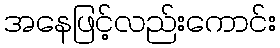
အနေဖြင့်လည်းကောင်း